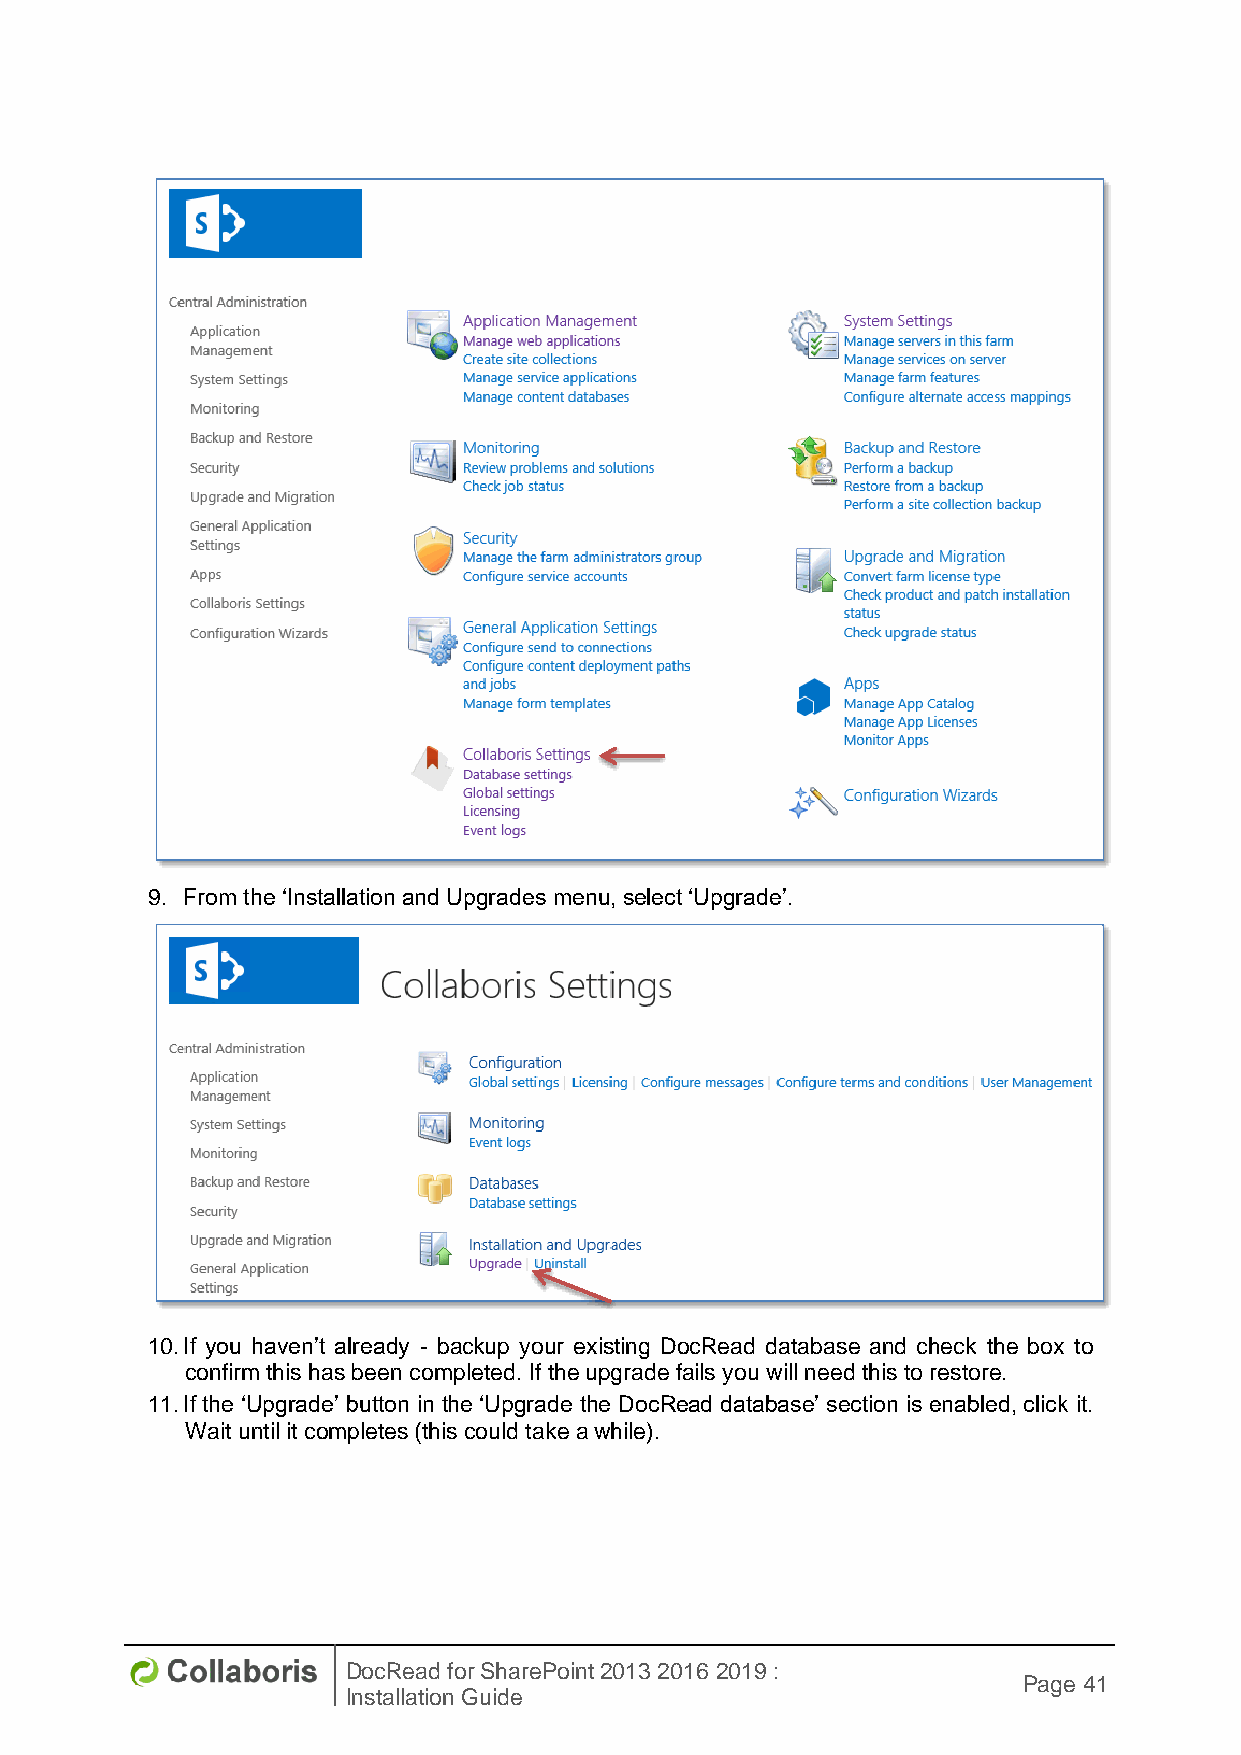
9. From the ‘Installation and Upgrades menu, select ‘Upgrade’.
 10. If you haven’t already - backup your existing DocRead database and check the box to
 confirm this has been completed. If the upgrade fails you will need this to restore.
 11. If the ‘Upgrade’ button in the ‘Upgrade the DocRead database’ section is enabled, click it.
 Wait until it completes (this could take a while).
 DocRead for SharePoint 2013 2016 2019 :
 Page 41
 Installation Guide